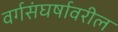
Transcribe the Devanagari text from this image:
वर्गसंघर्षावरील